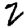
Digit: 2